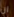
ان